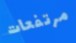
مرتفعات